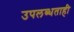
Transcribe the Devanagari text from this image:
उपलब्धताही